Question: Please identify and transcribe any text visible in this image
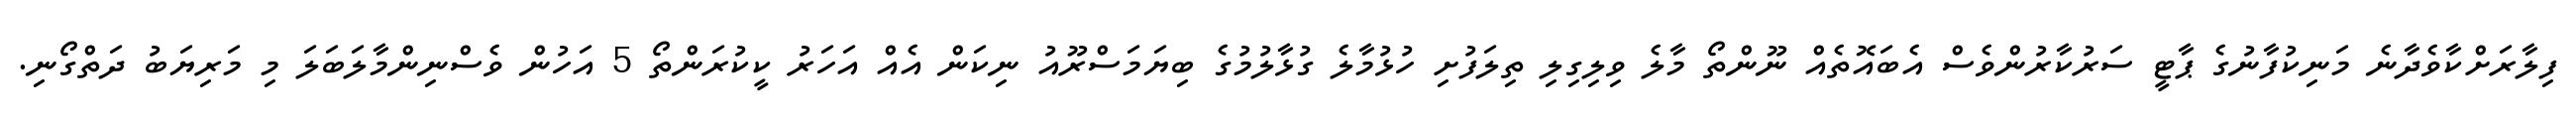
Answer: ފިލާރަށްކާވެދާނެ މަނިކުފާނުގެ ޕާޓީ ސަރުކާރުންވެސް އެބައޮތެއް ނޫންތޯ މާލެ ވިލިގިލި ތިލަފުށި ހުޅުމާލެ ގުޅާލުމުގެ ބިޔަމަސްރޫއު ނިކަން އެއް އަހަރު ކީކުރަންތޯ 5 އަހުން ވެސްނިންމާލަބަލަ މި މަރިޔަބު ދަތްގޯނި.